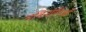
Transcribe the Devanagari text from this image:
मबिनोगिओं